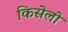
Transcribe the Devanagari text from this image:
किसेलो